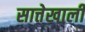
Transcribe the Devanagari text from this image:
सात्तेखाली